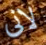
لانى